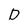
Character: D